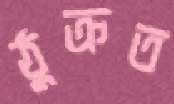
ঠুক্‌রত